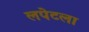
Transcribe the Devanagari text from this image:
लपेटला